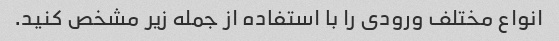
انواع مختلف ورودی را با استفاده از جمله زیر مشخص کنید.